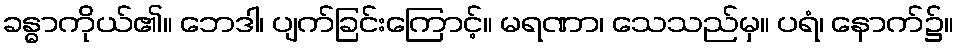
ခန္ဓာကိုယ်၏။ ဘေဒါ၊ ပျက်ခြင်းကြောင့်။ မရဏာ၊ သေသည်မှ။ ပရံ၊ နောက်၌။